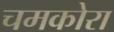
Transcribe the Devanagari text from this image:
चमकोरा